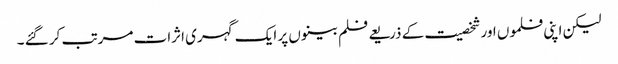
لیکن اپنی فلموں اور شخصیت کے ذریعے فلم بینوں پر ایک گہری اثرات مرتب کر گئے ۔